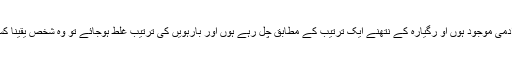
کسی محفل میں اگر بارہ آدمی موجود ہوں او رگیارہ کے نتھنے ایک ترتیب کے مطابق چل رہے ہوں اور بارہویں کی ترتیب غلط ہوجائے تو وہ شخص یقینا کسی بیماری کا شکار ہوگا۔